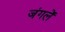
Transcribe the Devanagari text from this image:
जंगलें